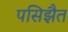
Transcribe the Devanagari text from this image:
पसिझैत